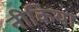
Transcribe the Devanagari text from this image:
नीकिया